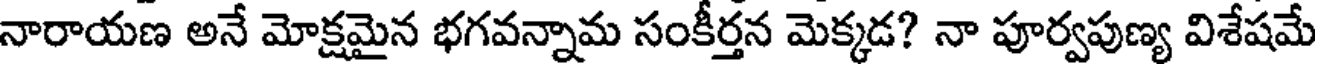
నారాయణ అనే మోక్షమైన భగవన్నామ సంకీర్తన మెక్కడ? నా పూర్వపుణ్య విశేషమే